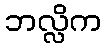
ဘလ္လိက